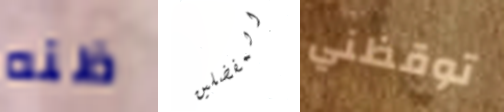
ظنه المفضلين توقظني